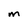
Character: M